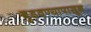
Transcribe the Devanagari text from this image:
बुडवण्यापासून